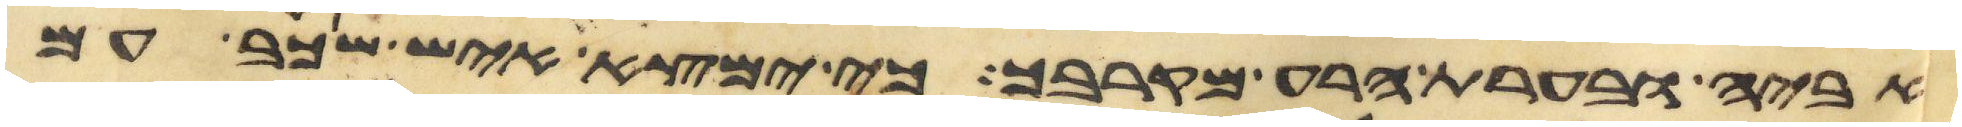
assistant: אביה ובערת הרע מקרבך כי ימצא איש שכב עם